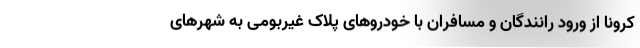
کرونا از ورود رانندگان و مسافران با خودروهای پلاک غیربومی به شهرهای